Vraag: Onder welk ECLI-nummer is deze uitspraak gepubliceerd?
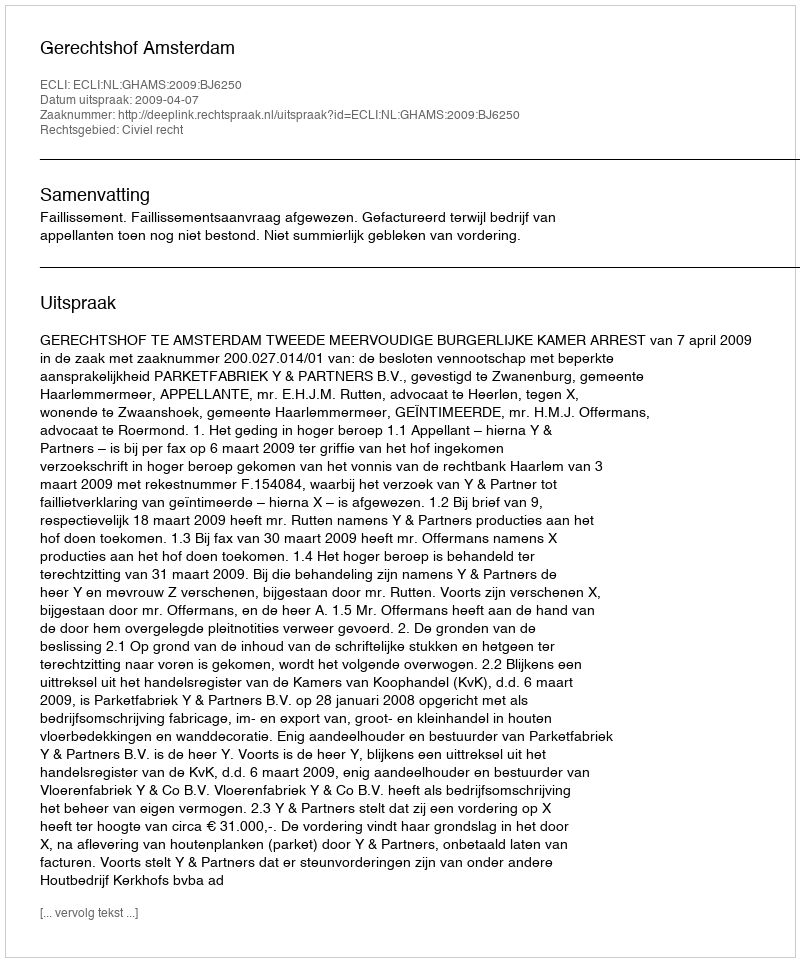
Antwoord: ECLI:NL:GHAMS:2009:BJ6250